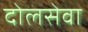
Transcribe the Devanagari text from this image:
दोलसेवा